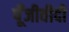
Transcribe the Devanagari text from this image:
पूँजीवीदी